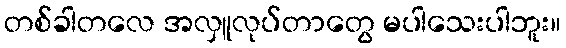
တစ်ခါတလေ အလှူလုပ်တာတွေ မပါသေးပါဘူး။